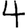
Digit: 4